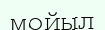
мойыл